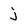
Character: j